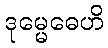
ဒုမ္မေဓေဟိ